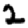
Digit: 2